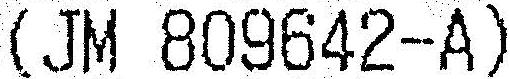
(JM 809642-A)